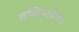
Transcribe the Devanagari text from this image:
वन्दियादेवन